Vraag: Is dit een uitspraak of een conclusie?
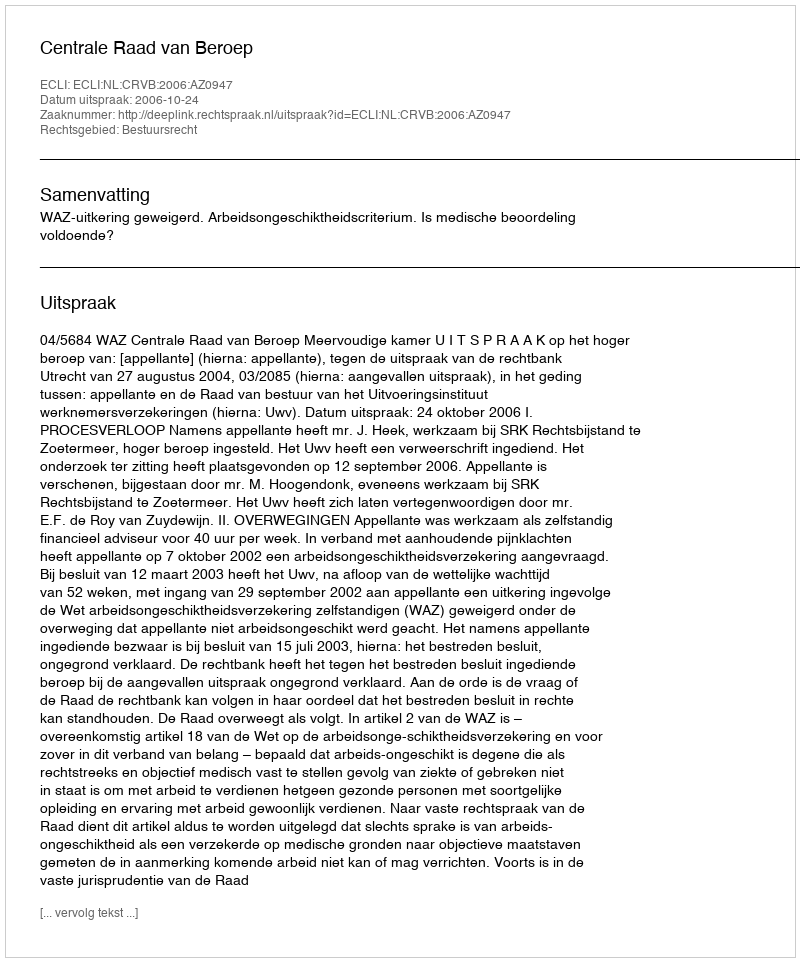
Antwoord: Uitspraak